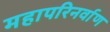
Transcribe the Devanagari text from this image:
महापरिनर्वाण